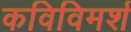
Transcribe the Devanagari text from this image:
कविविमर्श